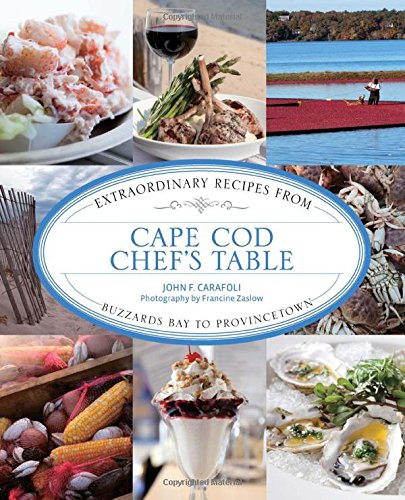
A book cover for Cape Cod Chef's Table: Extraordinary Recipes From Buzzards Bay To Provincetown; John Carafoli; Cookbooks, Food & Wine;